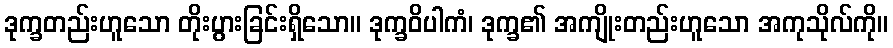
ဒုက္ခတည်းဟူသော တိုးပွားခြင်းရှိသော။ ဒုက္ခဝိပါကံ၊ ဒုက္ခ၏ အကျိုးတည်းဟူသော အကုသိုလ်ကို။